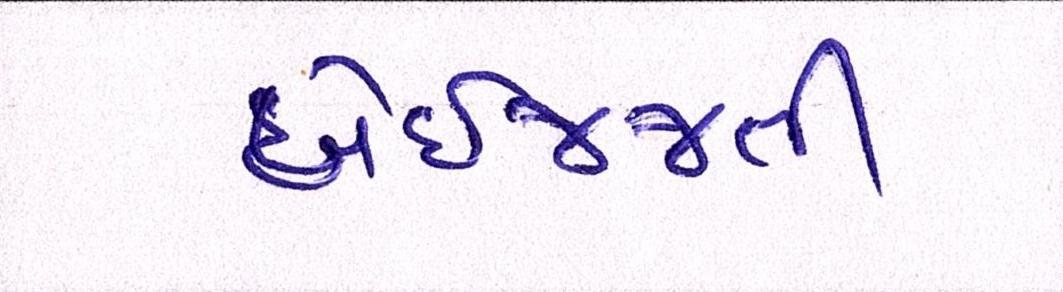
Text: બેઇજ્જતી